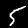
Digit: 5